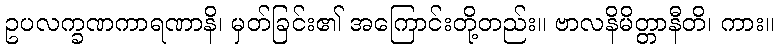
ဥပလက္ခဏကာရဏာနိ၊ မှတ်ခြင်း၏ အကြောင်းတို့တည်း။ ဗာလနိမိတ္တာနီတိ၊ ကား။